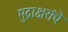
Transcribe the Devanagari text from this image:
मुद्राक्षरांचे